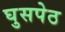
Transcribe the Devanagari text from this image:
घुसपेठ